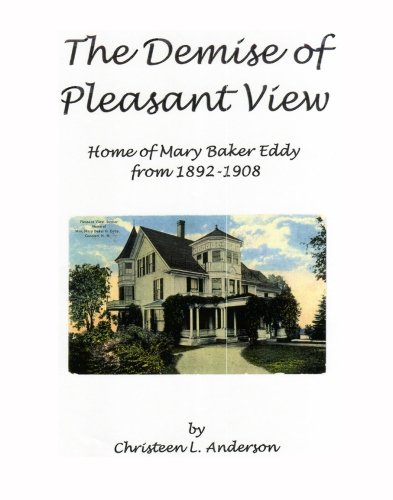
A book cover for The Demise of Pleasant View; Christeen Anderson; Christian Books & Bibles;